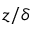
z / \delta